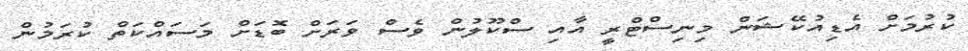
ކުރުމަށް އެޑިއުކޭޝަން މިނިސްޓްރީ އާއި ސްކޫލުން ވެސް ވަރަށް ބޮޑަށް މަސައްކަތް ކުރަމުން